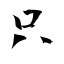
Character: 只